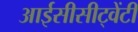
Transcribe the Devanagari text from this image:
आईसीसीट्वेंटी